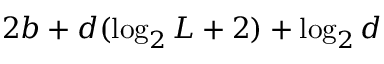
2 b + d ( \log _ { 2 } { L } + 2 ) + \log _ { 2 } { d }